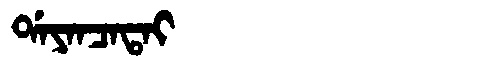
Manchu: ᡩᠠᠶᠠᠨᠴᠠᡨᠠᡳ
Romanization: DAYANCATAI